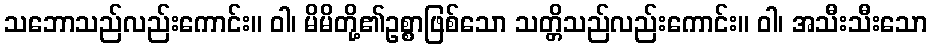
သဘောသည်လည်းကောင်း။ ဝါ၊ မိမိတို့၏ဥစ္စာဖြစ်သော သတ္တိသည်လည်းကောင်း။ ဝါ၊ အသီးသီးသော